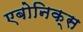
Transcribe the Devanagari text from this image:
एबोनिक्स